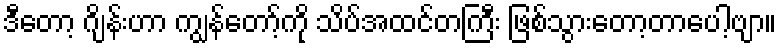
ဒီတော့ ဂျိန်းဟာ ကျွန်တော့်ကို သိပ်အထင်တကြီး ဖြစ်သွားတော့တာပေါ့ဗျာ။